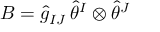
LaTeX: B = \hat { g } _ { I J } \, \hat { \theta } ^ { I } \otimes \hat { \theta } ^ { J }